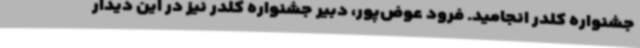
جشنواره کلدر انجامید. فرود عوض‌پور، دبیر جشنواره کلدر نیز در این دیدار